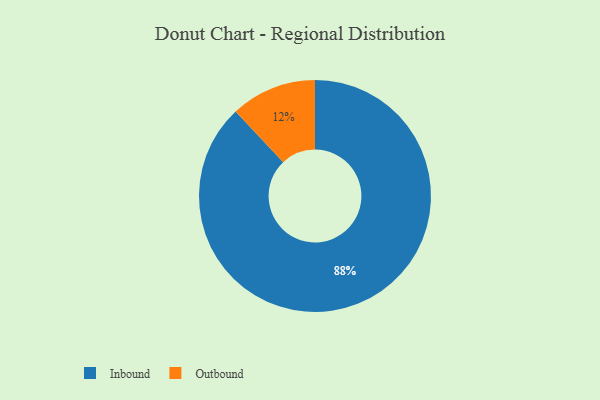
{"axis": {"x": "Category", "y": "Percentage"}, "legend": ["Inbound", "Outbound"], "data": [{"x": "Inbound", "y": 88, "type": "Inbound"}, {"x": "Outbound", "y": 12, "type": "Outbound"}]}